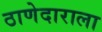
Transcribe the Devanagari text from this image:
ठाणेदाराला